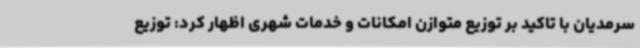
سرمدیان با تاکید بر توزیع متوازن امکانات و خدمات شهری اظهار کرد: توزیع